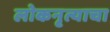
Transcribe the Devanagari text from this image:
लोकनृत्याचा